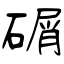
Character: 碿